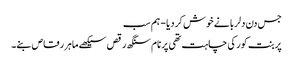
جس دن دلربا نے خوش کردیا - ہم سب
پربنت کور کی چاہت تھی پرنام سنگھ رقص سیکھے ماہر رقاص بنے۔